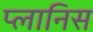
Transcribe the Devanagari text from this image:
प्लानिस